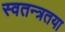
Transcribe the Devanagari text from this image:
स्वतन्त्रतया